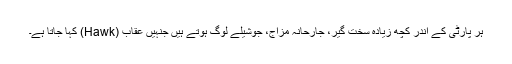
ہر پارٹی کے اندر کچھ زیادہ سخت گیر، جارحانہ مزاج، جوشیلے لوگ ہوتے ہیں جنہیں عقاب (Hawk) کہا جاتا ہے۔